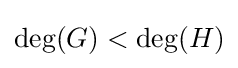
\deg(G)<\deg(H)